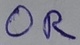
Text: OR